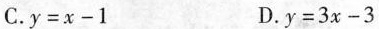
C.$$y = x - 1$$ D. $$y = 3 x - 3$$